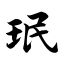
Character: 珉